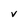
Character: v